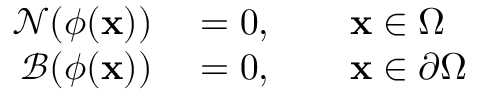
\begin{array} { r l } { \mathcal { N } ( \phi ( \mathbf { x } ) ) } & { { } = 0 , \qquad \mathbf { x } \in \Omega } \\ { \mathcal { B } ( \phi ( \mathbf { x } ) ) } & { { } = 0 , \qquad \mathbf { x } \in \partial \Omega } \end{array}